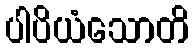
ပါပိယံသောတိ